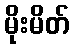
မိုးမိတ်